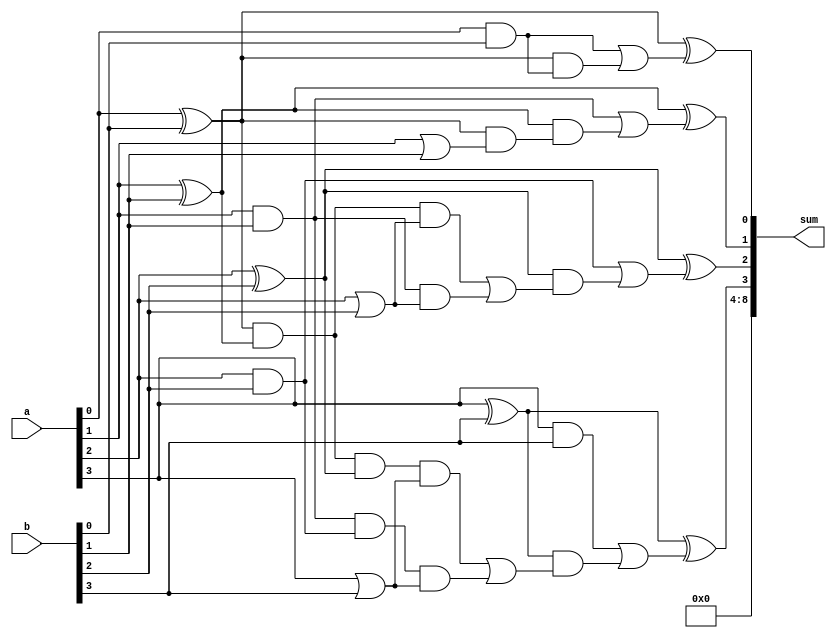
module carry_select_adder (
    input wire [7:0] a,
    input wire [7:0] b,
    output reg [8:0] sum
);

reg [8:0] p [3:0];
reg [8:0] g [3:0];
reg [7:0] c0, c1;

assign p[0] = a[0] ^ b[0];
assign g[0] = a[0] & b[0];
assign p[1] = a[1] ^ b[1];
assign g[1] = a[1] & b[1];
assign p[2] = a[2] ^ b[2];
assign g[2] = a[2] & b[2];
assign p[3] = a[3] ^ b[3];
assign g[3] = a[3] & b[3];

assign c0[0] = a[0] & b[0];
assign c0[1] = p[0] & (a[1] | b[1]);
assign c0[2] = p[0] & p[1] & (a[2] | b[2]) | g[1] & (a[2] | b[2]);
assign c0[3] = p[0] & p[1] & p[2] & (a[3] | b[3]) | g[1] & g[2] & (a[3] | b[3]);

assign c1[3] = g[3] | p[3] & c0[3];
assign c1[2] = g[2] | p[2] & c0[2];
assign c1[1] = g[1] | p[1] & c0[1];
assign c1[0] = g[0] | p[0] & c0[0];

assign sum[0] = a[0] ^ b[0] ^ c1[0];
assign sum[1] = a[1] ^ b[1] ^ c1[1];
assign sum[2] = a[2] ^ b[2] ^ c1[2];
assign sum[3] = a[3] ^ b[3] ^ c1[3];
assign sum[4:8] = {c1[3], c1[2], c1[1], c1[0], 0};

endmodule